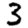
Digit: 3